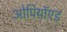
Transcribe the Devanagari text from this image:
ओपियॉएड